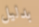
بدليل